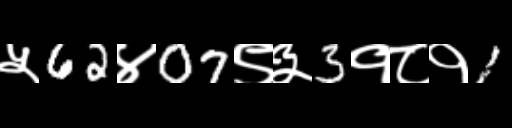
Text: ५62४07९३3१८१1